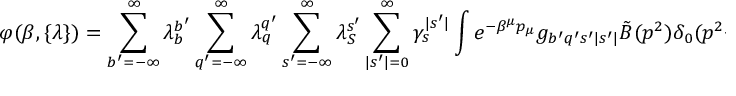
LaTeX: \varphi ( \beta , \{ \lambda \} ) = \sum _ { b ^ { \prime } = - \infty } ^ { \infty } \lambda _ { b } ^ { b ^ { \prime } } \sum _ { q ^ { \prime } = - \infty } ^ { \infty } \lambda _ { q } ^ { q ^ { \prime } } \sum _ { s ^ { \prime } = - \infty } ^ { \infty } \lambda _ { S } ^ { s ^ { \prime } } \sum _ { | s ^ { \prime } | = 0 } ^ { \infty } \gamma _ { s } ^ { | s ^ { \prime } | } \int e ^ { - \beta ^ { \mu } p _ { \mu } } g _ { b ^ { \prime } q ^ { \prime } s ^ { \prime } | s ^ { \prime } | } \tilde { B } ( p ^ { 2 } ) \delta _ { 0 } ( p ^ { 2 } - m _ { b ^ { \prime } q ^ { \prime } s ^ { \prime } | s ^ { \prime } | } ^ { 2 } ) d p ^ { 4 } \; .